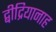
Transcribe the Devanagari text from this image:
द्बीद्रियानाह